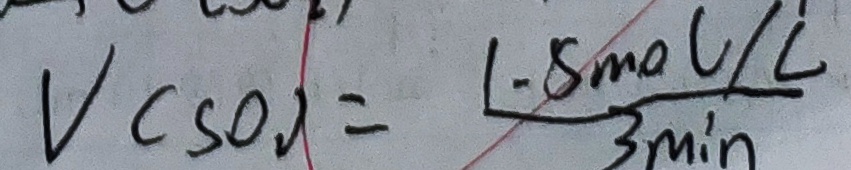
V _ { ( S O _ { 2 } ) } = \frac { 1 . 5 m o l / L } { 3 \min }